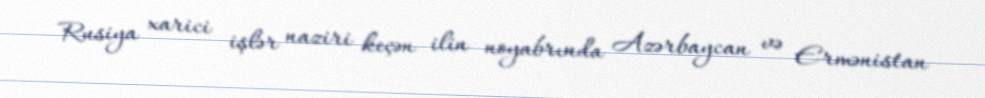
Rusiya xarici işlər naziri keçən ilin noyabrında Azərbaycan və Ermənistan